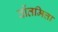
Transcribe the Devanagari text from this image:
वोंतमित्ता